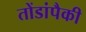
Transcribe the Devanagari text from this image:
तोंडांपैकी